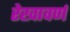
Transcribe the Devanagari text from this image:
रेखावर्ण